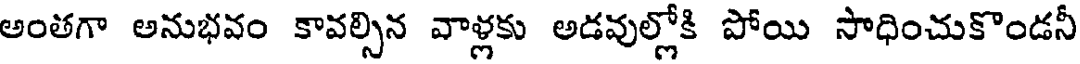
అంతగా అనుభవం కావల్సిన వాళ్లకు అడవుల్లోకి పోయి సాధించుకొండనీ